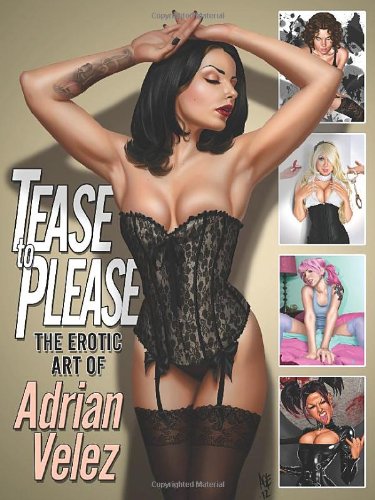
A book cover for Tease To Please; Adrian Velez; Arts & Photography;